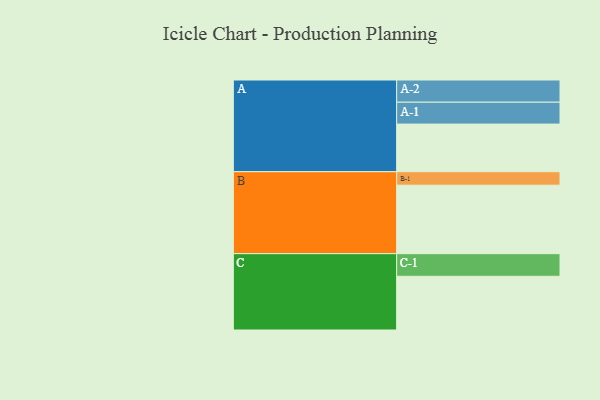
{"axis": {"x": "Segment", "y": "Value"}, "legend": ["", "A", "B", "C"], "data": [{"x": "A", "y": 322, "type": ""}, {"x": "B", "y": 463, "type": ""}, {"x": "C", "y": 363, "type": ""}, {"x": "A-1", "y": 148, "type": "A"}, {"x": "A-2", "y": 150, "type": "A"}, {"x": "B-1", "y": 91, "type": "B"}, {"x": "C-1", "y": 153, "type": "C"}]}